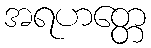
အရဟတ္တေ